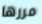
مررها